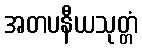
အတပနီယသုတ္တံ